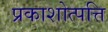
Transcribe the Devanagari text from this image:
प्रकाशोत्पत्ति